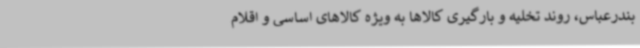
بندرعباس، روند تخلیه و بارگیری کالاها به ویژه کالاهای اساسی و اقلام